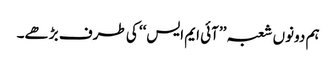
ہم دونوں شعبہ ’’آئی ایم ایس‘‘ کی طرف بڑھے۔